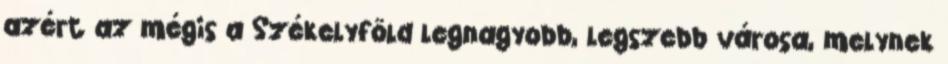
azért az mégis a Székelyföld legnagyobb, legszebb városa, melynek